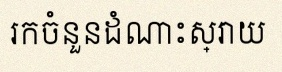
រកចំនួនដំណោះស្រាយ